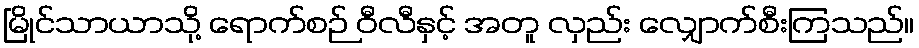
မြိုင်သာယာသို့ ရောက်စဉ် ဝီလီနှင့် အတူ လှည်း လျှောက်စီးကြသည်။